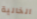
الخالية